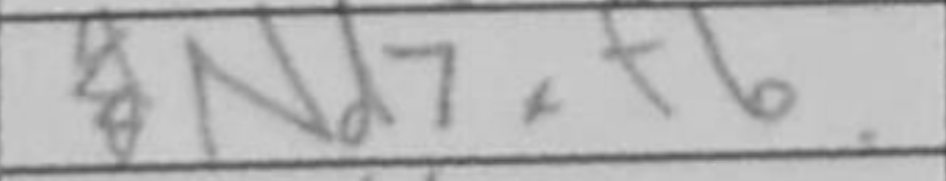
Transcription: Nd7xf6